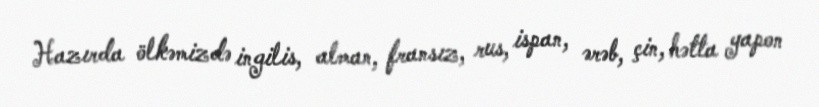
Hazırda ölkəmizdə ingilis, alman, fransız, rus, ispan, ərəb, çin, hətta yapon